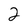
Character: 2